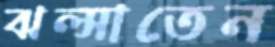
ঝল্‌সাতেন